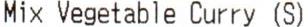
MIX VEGETABLE CURRY (S)